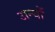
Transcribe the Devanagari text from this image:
अन्‍यों